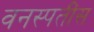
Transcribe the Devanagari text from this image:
वनस्पतींस